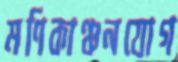
মণিকাঞ্চনযোগ